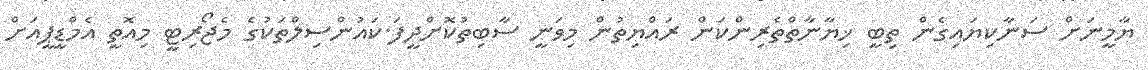
ޔާމީނަށް ސަނާކިޔައިގެން ތިބީ ޚިޔާނާތްތެރިންކަން ރައްޔިތުން މިވަނީ ސާބިތުކޮށްދީފަ.ކައުންސިލްތަކުގެ މެޖޯރިޓީ މިއޮތީ އެމްޑީޕީއަށް